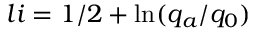
l i = 1 / 2 + \ln ( q _ { a } / q _ { 0 } )